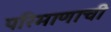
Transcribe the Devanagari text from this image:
परिमाणाची